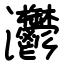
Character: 灪